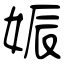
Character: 娠